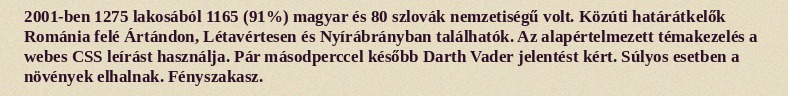
2001-ben 1275 lakosából 1165 (91%) magyar és 80 szlovák nemzetiségű volt. Közúti határátkelők Románia felé Ártándon, Létavértesen és Nyírábrányban találhatók. Az alapértelmezett témakezelés a webes CSS leírást használja. Pár másodperccel később Darth Vader jelentést kért. Súlyos esetben a növények elhalnak. Fényszakasz.